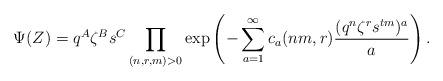
LaTeX: \begin{align*}\Psi(Z) = q^A\zeta^B s^C \prod_{(n,r,m)>0} \exp\left( -\sum_{a=1}^\infty c_{a}(nm,r) \frac{(q^n\zeta^r s^{tm})^a}{a} \right). \end{align*}